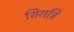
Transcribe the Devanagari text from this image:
शिरात्रि